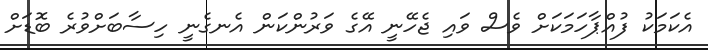
އެކަމަކު ފުއްޕާހަމަކަށް ވެސް ވައި ޖެހޭނީ އޭގެ ވަރުންކަން އެނގެނީ ހިސާބަށްވުރެ ބޮޑަށް